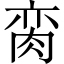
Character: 脔